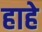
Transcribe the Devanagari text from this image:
हाहे